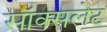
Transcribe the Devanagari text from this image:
सॉक्सलेट